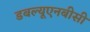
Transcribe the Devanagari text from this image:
डबल्यूएनबीसी